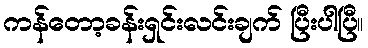
ကန်တော့ခန်းရှင်းလင်းချက် ပြီးပါပြီ။